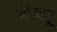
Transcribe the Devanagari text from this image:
निझावू